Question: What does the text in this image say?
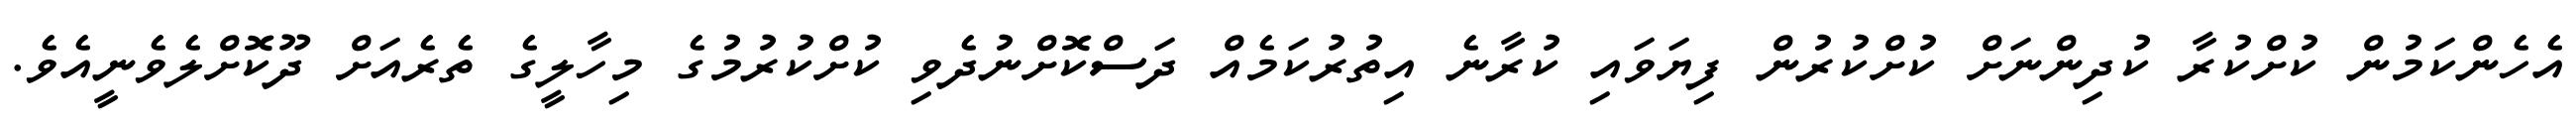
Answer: އެހެންކަމުން ކުށްކުރާ ކުދިންނަށް ކުށްކުރުން ފިޔަވައި ކުރާނެ އިތުރުކަމެއް ދަސްކޮށްނުދެވި ކުށްކުރުމުގެ މިހާލީގެ ތެރެއަށް ދޫކޮށްލެވެނީއެވެ.